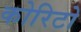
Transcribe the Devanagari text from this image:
कोरिटो